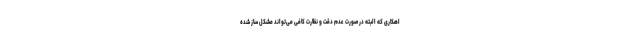
اهکاری که البته در صورت عدم دقت و نظارت کافی می‌تواند مشکل ساز شده